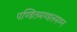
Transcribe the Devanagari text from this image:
पण्डितमण्डलमण्न